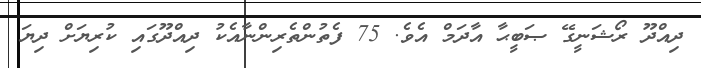
ދިއްދޫ ރޯޝަނީގޭ ޞަބީޙާ އާދަމް އެވެ. 75 ފެތުންތެރިންނާއެކު ދިއްދޫގައި ކުރިޔަށް ދިޔަ